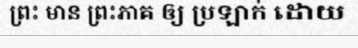
ព្រះ មាន ព្រះភាគ ឲ្យ ប្រឡាក់ ដោយ